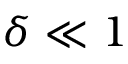
\delta \ll 1